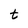
Character: t